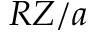
R Z / a